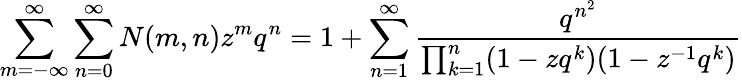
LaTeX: \sum_{m=-\infty}^{\infty}\sum_{n=0}^{\infty}N(m,n)z^{m}q^{n}=1+\sum_{n=1}^{\infty}{\frac{q^{n^{2}}}{\prod_{k=1}^{n}(1-zq^{k})(1-z^{-1}q^{k})}}